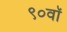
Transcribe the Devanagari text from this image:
९०वॉ